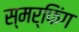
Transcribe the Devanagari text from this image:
स्मर्फिंग